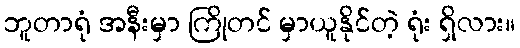
ဘူတာရုံ အနီးမှာ ကြိုတင် မှာယူနိုင်တဲ့ ရုံး ရှိလား။